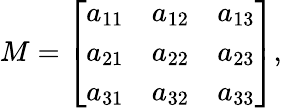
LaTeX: M={\left[\begin{array}{lll}{a_{11}}&{a_{12}}&{a_{13}}\\ {a_{21}}&{a_{22}}&{a_{23}}\\ {a_{31}}&{a_{32}}&{a_{33}}\end{array}\right]},